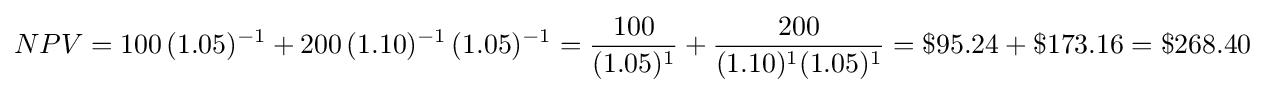
NPV=100\,(1.05)^{-1}+200\,(1.10)^{-1}\,(1.05)^{-1}={\frac {100}{(1.05)^{1}}}+{\frac {200}{(1.10)^{1}(1.05)^{1}}}=\$95.24+\$173.16=\$268.40